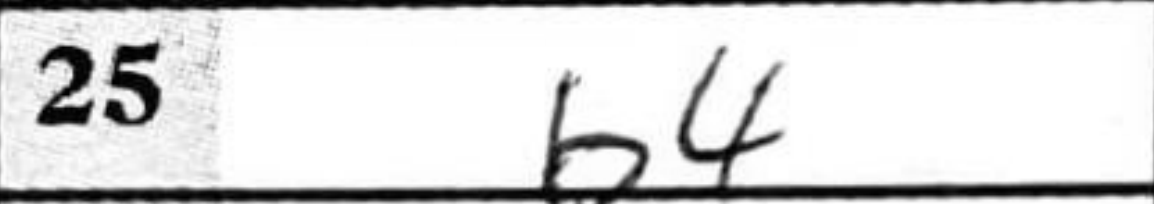
Transcription: b4